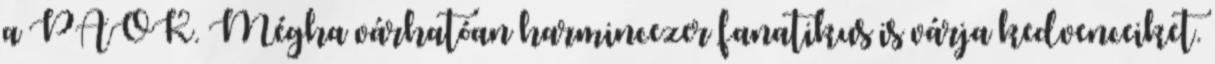
a PAOK. Mégha várhatóan harmincezer fanatikus is várja kedvenceiket.